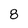
Character: 8